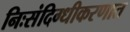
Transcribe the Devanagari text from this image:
निःसंदिग्धीकरणात